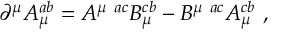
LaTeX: { \partial } ^ { \mu } A _ { \mu } ^ { a b } = A ^ { \mu ~ a c } B _ { \mu } ^ { c b } - B ^ { \mu ~ a c } A _ { \mu } ^ { c b } ~ ,